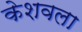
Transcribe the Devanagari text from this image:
केशवला